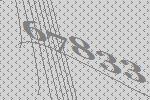
67833